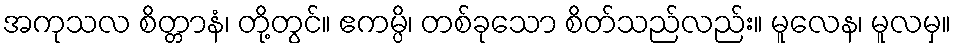
အကုသလ စိတ္တာနံ၊ တို့တွင်။ ဧကမ္ပိ၊ တစ်ခုသော စိတ်သည်လည်း။ မူလေန၊ မူလမှ။